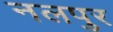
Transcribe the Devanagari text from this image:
नलपुर